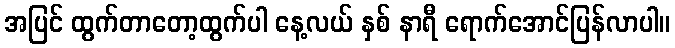
အပြင် ထွက်တာတော့ထွက်ပါ နေ့လယ် နှစ် နာရီ ရောက်အောင်ပြန်လာပါ။